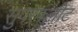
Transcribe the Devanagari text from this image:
सुपरफ्लीट